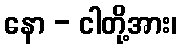
နော - ငါတို့အား၊